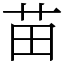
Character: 苗